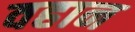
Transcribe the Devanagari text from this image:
वहान